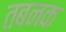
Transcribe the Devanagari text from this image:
तबनक